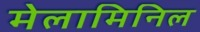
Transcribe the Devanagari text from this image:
मेलामिनिल